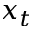
x _ { t }